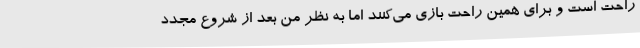
راحت است و برای همین راحت بازی می‌کنند اما به نظر من بعد از شروع مجدد